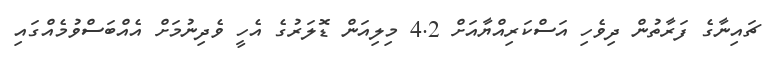
ޗައިނާގެ ފަރާތުން ދިވެހި އަސްކަރިއްޔާއަށް 4.2 މިލިއަން ޑޮލަރުގެ އެހީ ވެދިނުމަށް އެއްބަސްވުމެއްގައި